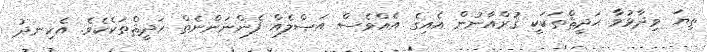
ތިޔަ ވިދާޅުވާ ޙަދީޘްތަކަކީ ޤުރްއާނުން އެއިގެ އެއްވެސް އަޞްލެއް ފެންނަންނެތް ޙަދީޘްތަކެކެވެ. އެހިނދު